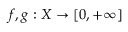
f , g : X \to [ 0 , + \infty ]